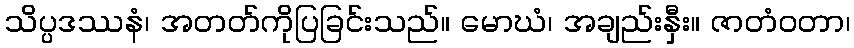
သိပ္ပဒဿနံ၊ အတတ်ကိုပြခြင်းသည်။ မောဃံ၊ အချည်းနှီး။ ဇာတံဝတာ၊